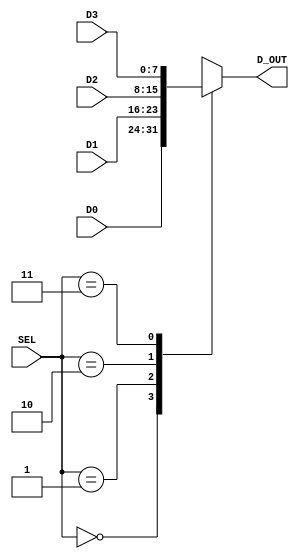
`timescale 1ns / 1ps
`default_nettype none

//////////////////////////////////////////////////////////////////////////////////
// Company: Ratner Surf Designs
// 
// Design Name: 
// Module Name: mux_4t1_nb
// Project Name: 
// Target Devices: 
// Tool Versions: 
// Description: 4:1 MUX with parametized data widths
//
//  USEAGE: (for 4-bit data instantiation)
//
//  mux_4t1_nb  #(.n(4)) my_4t1_mux  (
//       .SEL   (xxxx), 
//       .D0    (xxxx), 
//       .D1    (xxxx), 
//       .D2    (xxxx), 
//       .D3    (xxxx),
//       .D_OUT (xxxx) );  
// 
// Dependencies: 
// 
// Revision History:
// Revision 0.01 - File Created: 10-23-2018
//          1.01 - fixed default width error (10-28-2018)
//          1.02 - switched to non-blocking assignments
//          1.03 - switched to blockign assignments and 
//                 default value for sensitivity list
//                 switched to case statement
//          1.04 - (11-24-2019) added macros; edited format
//          1.05 - (10-09-2020) fixed error in code
//          1.06 - (12-08-2020) fixed default parameter position
//                              removed default case
//
// Additional Comments:
// 
//////////////////////////////////////////////////////////////////////////////////

   
 module mux_4t1_nb  #(parameter n=8) (
       input wire [1:0] SEL,
       input wire [n-1:0] D0, 
	   input wire [n-1:0] D1, 
	   input wire [n-1:0] D2, 
	   input wire [n-1:0] D3, 
       output reg [n-1:0] D_OUT);  
 
        
       always @ (*)
       begin 
          case (SEL) 
          0:      D_OUT = D0;
          1:      D_OUT = D1;
          2:      D_OUT = D2;
          3:      D_OUT = D3;
          //default D_OUT = 0;
          endcase 
	   end
                
endmodule

`default_nettype wire